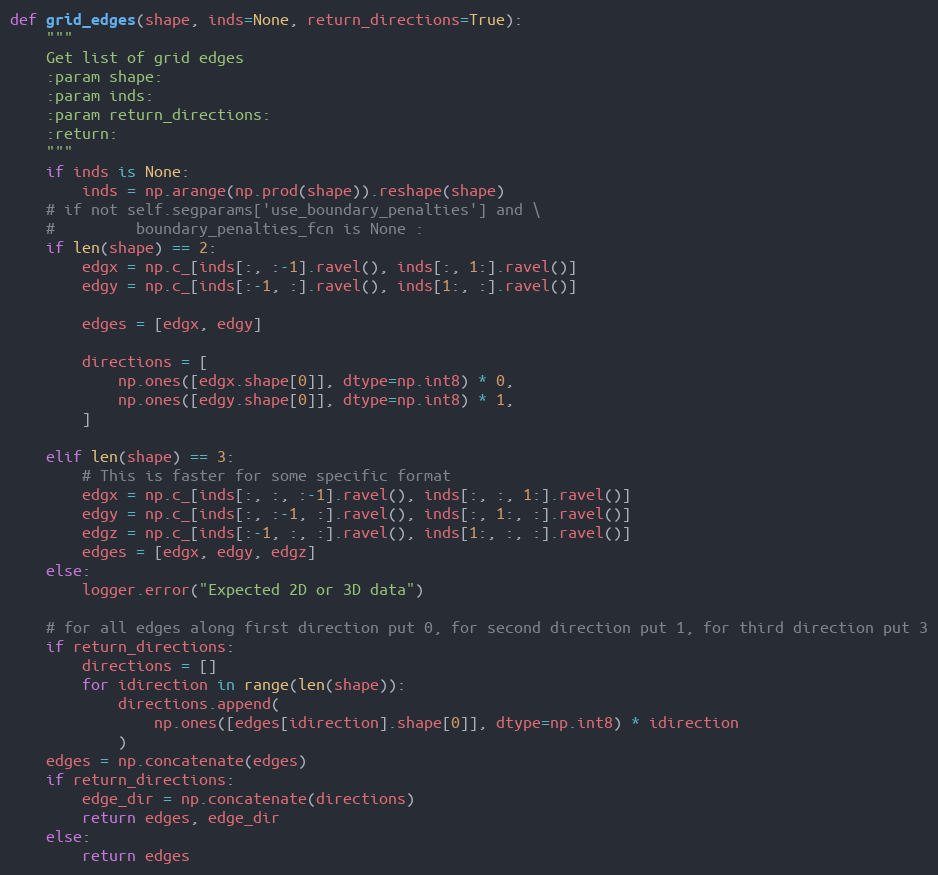
Language: Python
def grid_edges(shape, inds=None, return_directions=True):
    """
    Get list of grid edges
    :param shape:
    :param inds:
    :param return_directions:
    :return:
    """
    if inds is None:
        inds = np.arange(np.prod(shape)).reshape(shape)
    # if not self.segparams['use_boundary_penalties'] and \
    #         boundary_penalties_fcn is None :
    if len(shape) == 2:
        edgx = np.c_[inds[:, :-1].ravel(), inds[:, 1:].ravel()]
        edgy = np.c_[inds[:-1, :].ravel(), inds[1:, :].ravel()]

        edges = [edgx, edgy]

        directions = [
            np.ones([edgx.shape[0]], dtype=np.int8) * 0,
            np.ones([edgy.shape[0]], dtype=np.int8) * 1,
        ]

    elif len(shape) == 3:
        # This is faster for some specific format
        edgx = np.c_[inds[:, :, :-1].ravel(), inds[:, :, 1:].ravel()]
        edgy = np.c_[inds[:, :-1, :].ravel(), inds[:, 1:, :].ravel()]
        edgz = np.c_[inds[:-1, :, :].ravel(), inds[1:, :, :].ravel()]
        edges = [edgx, edgy, edgz]
    else:
        logger.error("Expected 2D or 3D data")

    # for all edges along first direction put 0, for second direction put 1, for third direction put 3
    if return_directions:
        directions = []
        for idirection in range(len(shape)):
            directions.append(
                np.ones([edges[idirection].shape[0]], dtype=np.int8) * idirection
            )
    edges = np.concatenate(edges)
    if return_directions:
        edge_dir = np.concatenate(directions)
        return edges, edge_dir
    else:
        return edges